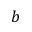
b